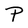
Character: P